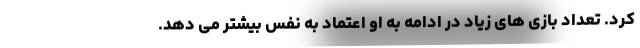
کرد. تعداد بازی های زیاد در ادامه به او اعتماد به نفس بیشتر می دهد.